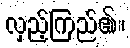
လှည့်ကြည်၏။